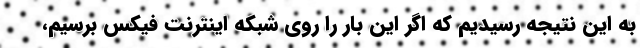
به این نتیجه رسیدیم که اگر این بار را روی شبکه‌ اینترنت فیکس برسیم،